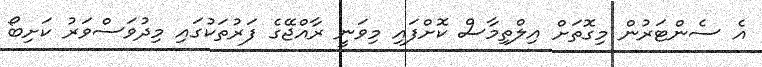
އެ ސެންޓަރުން މިގޮތަށް އިލްތިމާސް ކޮށްފައި މިވަނީ ރާއްޖޭގެ ފަރުތަކުގައި މިދުވަސްވަރު ކަށިބޯ